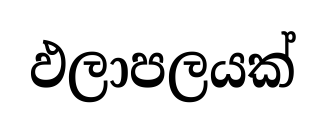
ඵලාපලයක්